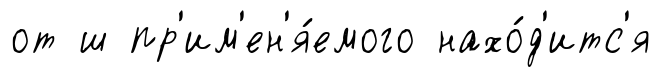
от ш пр'им'ен'я́емого нахо́д'итс'я